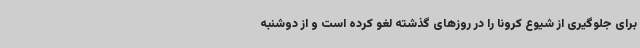
برای جلوگیری از شیوع کرونا را در روزهای گذشته لغو کرده است و از دوشنبه